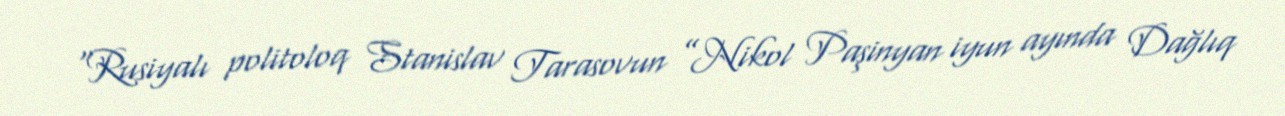
“Rusiyalı politoloq Stanislav Tarasovun ”Nikol Paşinyan iyun ayında Dağlıq